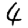
Digit: 4